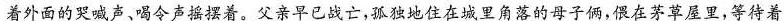
\underline{着外面的哭喊声、喝令声摇摆着。}父亲早已战亡，孤独地住在城里角落的母子俩，偎在茅草屋里，等待着